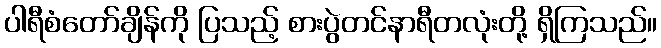
ပါရီစံတော်ချိန်ကို ပြသည့် စားပွဲတင်နာရီတလုံးတို့ ရှိကြသည်။